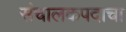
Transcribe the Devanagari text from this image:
संचालकपदाचा